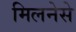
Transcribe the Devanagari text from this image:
मिलनेसे